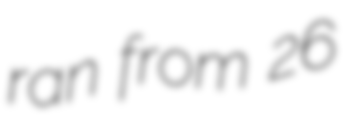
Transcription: ran from 26